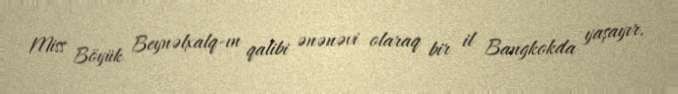
Miss Böyük Beynəlxalq-ın qalibi ənənəvi olaraq bir il Bangkokda yaşayır.